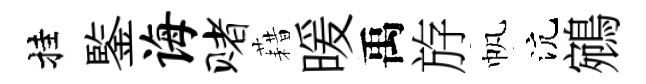
挂鍳诲赌藉暖禹斿帆沆鵷